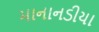
માનાનડીયા